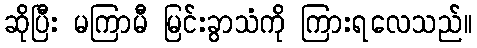
ဆိုပြီး မကြာမီ မြင်းခွာသံကို ကြားရလေသည်။